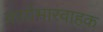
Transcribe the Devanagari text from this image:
कार्यभारवाहक